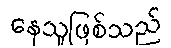
နေသူဖြစ်သည်